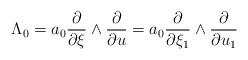
LaTeX: \begin{align*}\Lambda_0=a_0\frac{\partial}{\partial \xi}\wedge \frac{\partial}{\partial u}=a_0\frac{\partial}{\partial \xi_1}\wedge \frac{\partial}{\partial u_1}\end{align*}